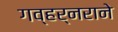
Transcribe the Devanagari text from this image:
गव्हर्नराने